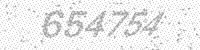
Solution: 654754